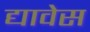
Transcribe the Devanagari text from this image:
द्यावेस